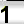
Digit: 1